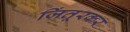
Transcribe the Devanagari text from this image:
जिंतूरकर